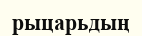
рыцарьдың